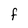
Character: F